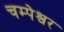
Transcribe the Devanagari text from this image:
चम्पेश्वर